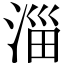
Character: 淄